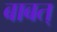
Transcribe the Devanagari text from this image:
बाबत्